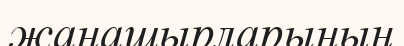
жанашырларының